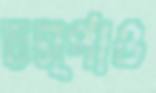
চম্পাও